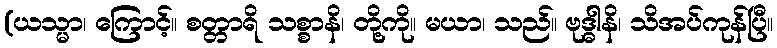
(ယသ္မာ၊ ကြောင့်။ စတ္တာရိ သစ္စာနိ၊ တို့ကို။ မယာ၊ သည်။ ဗုဒ္ဓါနိ၊ သိအပ်ကုန်ပြီ။